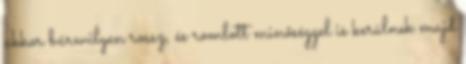
akkor bármilyen rossz, és romlott minőséggel is kerülnek majd